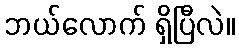
ဘယ်လောက် ရှိပြီလဲ။